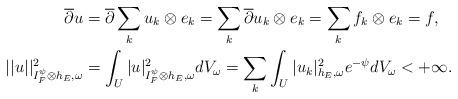
LaTeX: \begin{align*} \overline{\partial}u&=\overline{\partial}\sum_ku_k\otimes e_k=\sum_k\overline{\partial}u_k\otimes e_k=\sum_k f_k\otimes e_k=f,\\ ||u||^2_{I_F^\psi\otimes h_E,\omega}&=\int_U|u|^2_{I_F^\psi\otimes h_E,\omega}dV_\omega=\sum_k\int_U|u_k|^2_{h_E,\omega}e^{-\psi}dV_\omega<+\infty. \end{align*}